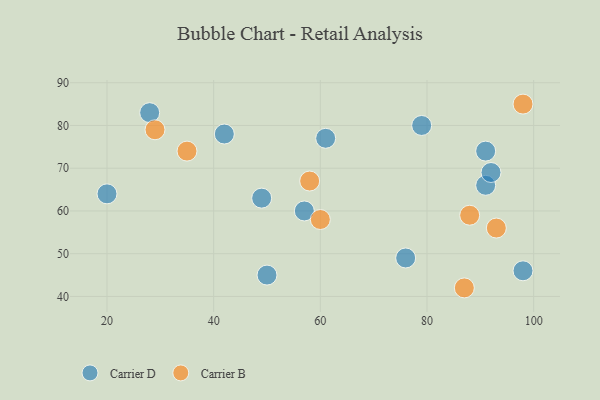
{"axis": {"x": "GDP", "y": "Life Expectancy"}, "legend": ["Carrier B", "Carrier D"], "data": [{"x": "57", "y": 60, "type": "Carrier D"}, {"x": "79", "y": 80, "type": "Carrier D"}, {"x": "91", "y": 66, "type": "Carrier D"}, {"x": "42", "y": 78, "type": "Carrier D"}, {"x": "61", "y": 77, "type": "Carrier D"}, {"x": "76", "y": 49, "type": "Carrier D"}, {"x": "92", "y": 69, "type": "Carrier D"}, {"x": "91", "y": 74, "type": "Carrier D"}, {"x": "98", "y": 46, "type": "Carrier D"}, {"x": "49", "y": 63, "type": "Carrier D"}, {"x": "50", "y": 45, "type": "Carrier D"}, {"x": "28", "y": 83, "type": "Carrier D"}, {"x": "20", "y": 64, "type": "Carrier D"}, {"x": "98", "y": 85, "type": "Carrier B"}, {"x": "93", "y": 56, "type": "Carrier B"}, {"x": "60", "y": 58, "type": "Carrier B"}, {"x": "88", "y": 59, "type": "Carrier B"}, {"x": "58", "y": 67, "type": "Carrier B"}, {"x": "87", "y": 42, "type": "Carrier B"}, {"x": "35", "y": 74, "type": "Carrier B"}, {"x": "29", "y": 79, "type": "Carrier B"}]}